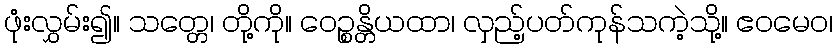
ဖုံးလွှမ်း၍။ သတ္တေ၊ တို့ကို။ ဝေဉ္စန္တိယထာ၊ လှည့်ပတ်ကုန်သကဲ့သို့။ ဧဝမေဝ၊